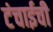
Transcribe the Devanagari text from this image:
टंचाईची